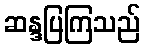
ဆန္ဒပြကြသည်